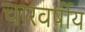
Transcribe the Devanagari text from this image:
चारवर्षीय